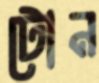
টোন